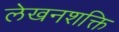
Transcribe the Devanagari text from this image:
लेखनशक्ति